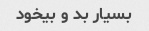
بسیار بد و بیخود